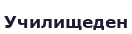
Училищеден